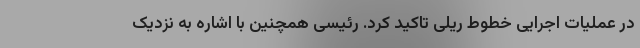
در عملیات اجرایی خطوط ریلی تاکید کرد. رئیسی همچنین با اشاره به نزدیک